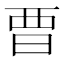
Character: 𣆛